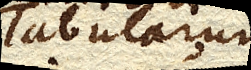
Tabularum